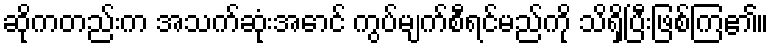
ဆိုကတည်းက အသက်ဆုံးအောင် ကွပ်မျက်စီရင်မည်ကို သိရှိပြီးဖြစ်ကြ၏။